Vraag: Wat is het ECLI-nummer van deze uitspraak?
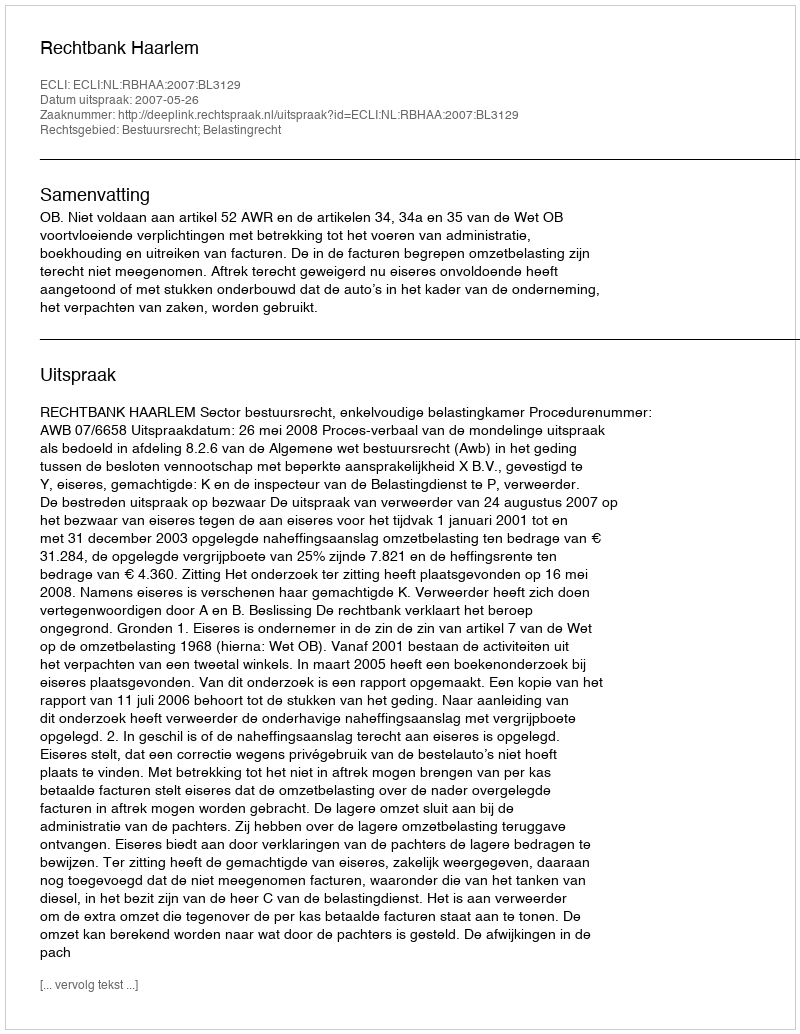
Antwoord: ECLI:NL:RBHAA:2007:BL3129